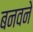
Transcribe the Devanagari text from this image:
बनवने